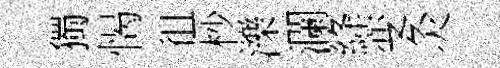
獨愒徂杪濼瀾絳变灸